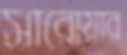
সারোয়ার